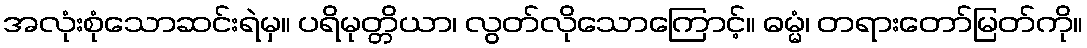
အလုံးစုံသောဆင်းရဲမှ။ ပရိမုတ္တိယာ၊ လွတ်လိုသောကြောင့်။ ဓမ္မံ၊ တရားတော်မြတ်ကို။